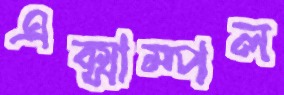
এক্সাম্পল